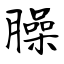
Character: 臊